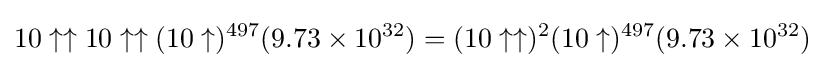
10\uparrow \uparrow 10\uparrow \uparrow (10\uparrow )^{497}(9.73\times 10^{32})=(10\uparrow \uparrow )^{2}(10\uparrow )^{497}(9.73\times 10^{32})